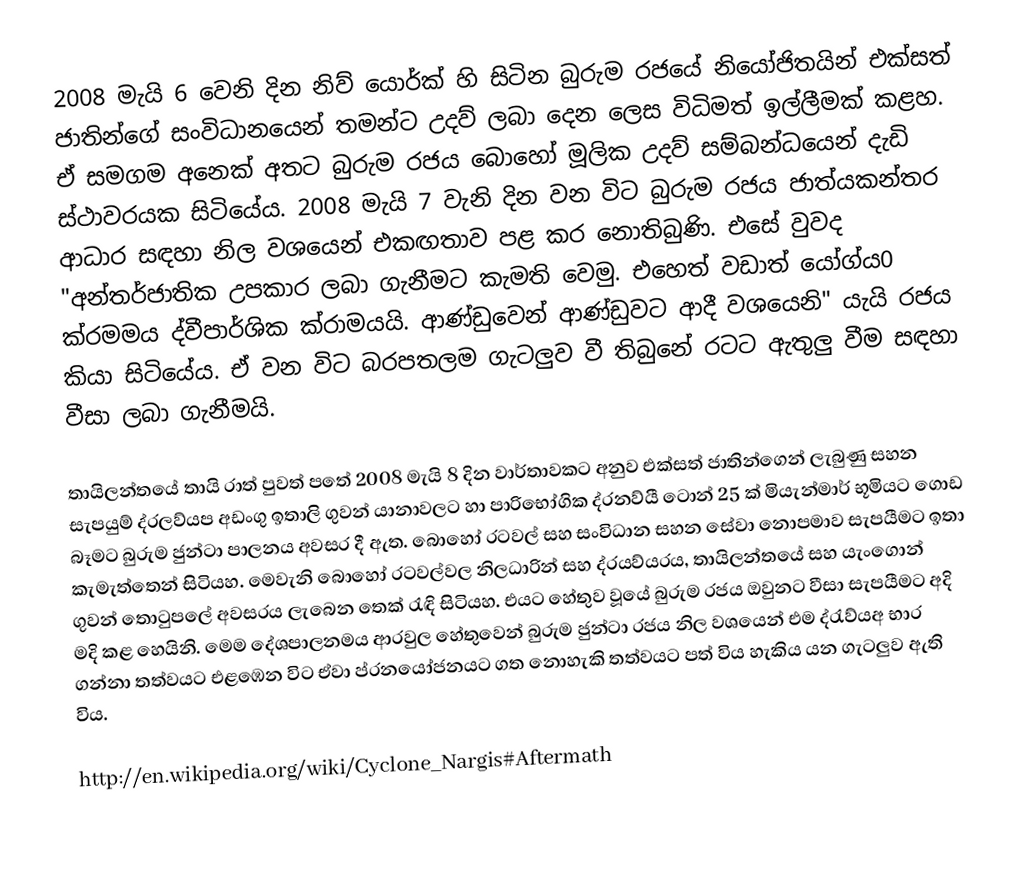
2008 මැයි 6 වෙනි දින නිව් යොර්ක් හි සිටින බුරුම රජයේ නියෝජිතයින් එක්සත් ජාතින්ගේ සංවිධානයෙන් තමන්ට උදව් ලබා දෙන ලෙස විධිමත් ඉල්ලීමක් කළහ. ඒ සමගම අනෙක් අතට බුරුම රජය බොහෝ මූලික උදව් සම්බන්ධයෙන් දැඩි ස්ථාවරයක සිටියේය. 2008 මැයි 7 වැනි දින වන විට බුරුම රජය ජාත්යකන්තර ආධාර සඳහා නිල වශයෙන් එකඟතාව පළ කර නොතිබුණි. එසේ වුවද "අන්තර්ජාතික උපකාර ලබා ගැනීමට කැමති වෙමු. එහෙත් වඩාත් යෝග්ය0 ක්රමමය ද්වීපාර්ශික ක්රාමයයි. ආණ්ඩුවෙන් ආණ්ඩුවට ආදී වශයෙනි" යැයි රජය කියා සිටියේය. ඒ වන විට බරපතලම ගැටලුව වී තිබුනේ රටට ඇතුලු වීම සඳහා වීසා ලබා ගැනීමයි.

තායිලන්තයේ තායි රාත් පුවත් පතේ 2008 මැයි 8 දින වාර්තාවකට අනුව එක්සත් ජාතින්ගෙන් ලැබුණු සහන සැපයුම් ද්රලව්යප අඩංගු ඉතාලි ගුවන් යානාවලට හා පාරිභෝගික ද්රනව්යී ටොන් 25 ක් මියැන්මාර් භූමියට ගොඩ බෑමට බුරුම ජුන්ටා පාලනය අවසර දී ඇත. බොහෝ රටවල් සහ සංවිධාන සහන සේවා නොපමාව සැපයීමට ඉතා කැමැත්තෙන් සිටියහ. මෙවැනි බොහෝ රටවල්වල නිලධාරින් සහ ද්රයව්යරය, තායිලන්තයේ සහ යැංගොන් ගුවන් තොටුපලේ අවසරය ලැබෙන තෙක් රැඳි සිටියහ. එයට හේතුව වූයේ බුරුම රජය ඔවුනට වීසා සැපයීමට අදි මදි කළ හෙයිනි. මෙම දේශපාලනමය ආරවුල හේතුවෙන් බුරුම ජුන්ටා රජය නිල වශයෙන් එම ද්රැව්යඅ භාර ගන්නා තත්වයට එළඹෙන විට ඒවා ප්රනයෝජනයට ගත නොහැකි තත්වයට පත් විය හැකිය යන ගැටලුව ඇති විය.

http://en.wikipedia.org/wiki/Cyclone_Nargis#Aftermath